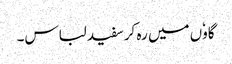
گاوٗں میں رہ کر سفید لباس۔